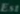
En